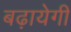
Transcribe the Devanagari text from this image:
बढ़ायेगी